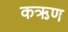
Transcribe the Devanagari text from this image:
कऋण